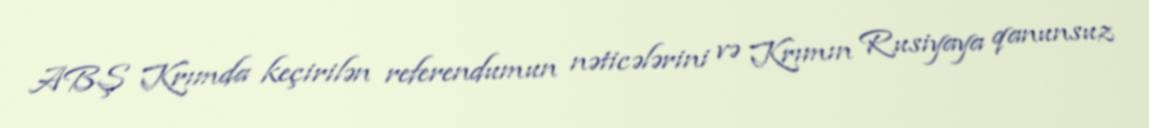
ABŞ Krımda keçirilən referendumun nəticələrini və Krımın Rusiyaya qanunsuz